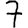
Digit: 7